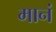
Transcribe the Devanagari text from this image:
मानं